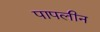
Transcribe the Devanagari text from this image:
पापलीन